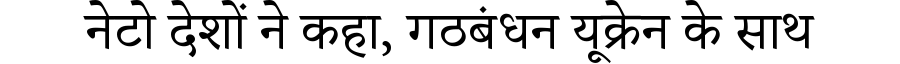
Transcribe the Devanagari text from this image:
नेटो देशों ने कहा, गठबंधन यूक्रेन के साथ